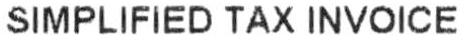
SIMPLIFIED TAX INVOICE